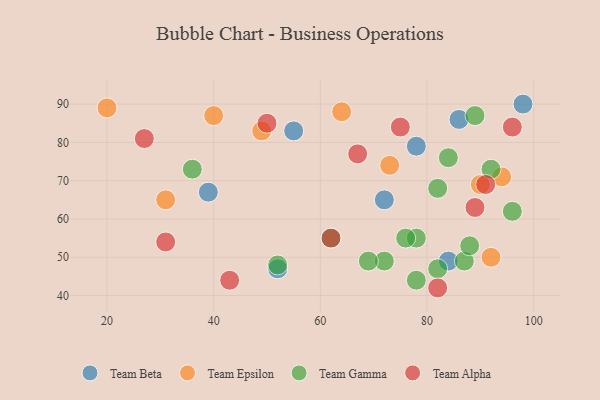
{"axis": {"x": "GDP", "y": "Life Expectancy"}, "legend": ["Team Alpha", "Team Beta", "Team Epsilon", "Team Gamma"], "data": [{"x": "84", "y": 49, "type": "Team Beta"}, {"x": "52", "y": 47, "type": "Team Beta"}, {"x": "55", "y": 83, "type": "Team Beta"}, {"x": "72", "y": 65, "type": "Team Beta"}, {"x": "78", "y": 79, "type": "Team Beta"}, {"x": "98", "y": 90, "type": "Team Beta"}, {"x": "39", "y": 67, "type": "Team Beta"}, {"x": "86", "y": 86, "type": "Team Beta"}, {"x": "94", "y": 71, "type": "Team Epsilon"}, {"x": "49", "y": 83, "type": "Team Epsilon"}, {"x": "40", "y": 87, "type": "Team Epsilon"}, {"x": "73", "y": 74, "type": "Team Epsilon"}, {"x": "64", "y": 88, "type": "Team Epsilon"}, {"x": "90", "y": 69, "type": "Team Epsilon"}, {"x": "20", "y": 89, "type": "Team Epsilon"}, {"x": "92", "y": 50, "type": "Team Epsilon"}, {"x": "31", "y": 65, "type": "Team Epsilon"}, {"x": "82", "y": 68, "type": "Team Gamma"}, {"x": "78", "y": 55, "type": "Team Gamma"}, {"x": "87", "y": 49, "type": "Team Gamma"}, {"x": "82", "y": 47, "type": "Team Gamma"}, {"x": "76", "y": 55, "type": "Team Gamma"}, {"x": "78", "y": 44, "type": "Team Gamma"}, {"x": "89", "y": 87, "type": "Team Gamma"}, {"x": "84", "y": 76, "type": "Team Gamma"}, {"x": "72", "y": 49, "type": "Team Gamma"}, {"x": "52", "y": 48, "type": "Team Gamma"}, {"x": "92", "y": 73, "type": "Team Gamma"}, {"x": "36", "y": 73, "type": "Team Gamma"}, {"x": "62", "y": 55, "type": "Team Gamma"}, {"x": "88", "y": 53, "type": "Team Gamma"}, {"x": "96", "y": 62, "type": "Team Gamma"}, {"x": "69", "y": 49, "type": "Team Gamma"}, {"x": "31", "y": 54, "type": "Team Alpha"}, {"x": "91", "y": 69, "type": "Team Alpha"}, {"x": "89", "y": 63, "type": "Team Alpha"}, {"x": "50", "y": 85, "type": "Team Alpha"}, {"x": "43", "y": 44, "type": "Team Alpha"}, {"x": "67", "y": 77, "type": "Team Alpha"}, {"x": "62", "y": 55, "type": "Team Alpha"}, {"x": "96", "y": 84, "type": "Team Alpha"}, {"x": "75", "y": 84, "type": "Team Alpha"}, {"x": "27", "y": 81, "type": "Team Alpha"}, {"x": "82", "y": 42, "type": "Team Alpha"}]}